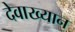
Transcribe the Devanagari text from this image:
देवाख्यान